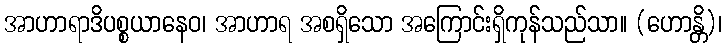
အာဟာရာဒိပစ္စယာနေဝ၊ အာဟာရ အစရှိသော အကြောင်းရှိကုန်သည်သာ။ (ဟောန္တိ)၊